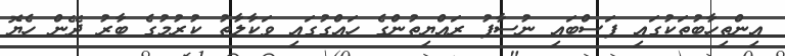
އިންތިހާބުތަކުގައި ފަސްބައި ނުސާފު ރައްޔިތުންގެ ހައްގުގައި ވަކާލާތު ކުރުމުގެ ބާރު ދޭން ހެޔޮ